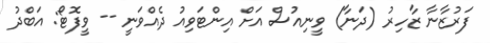
ފަރުޒާނާ ޒާހިރު (ދަނާ) ވީނިއުސް އަށް އިންޓަވިއު ދެއްވަނީ -- ވީފޮޓޯ: އަބްދު